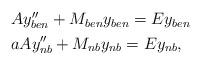
LaTeX: \begin{align*} \begin{aligned} & Ay''_{ben} +M_{ben}y_{ben}=Ey_{ben} \\ & aAy''_{nb} +M_{nb}y_{nb}=Ey_{nb},\end{aligned}\end{align*}